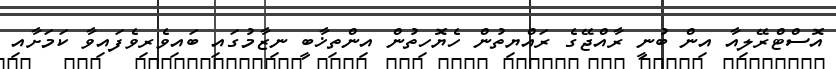
އޮސްޓްރޭލިއާ އިން ބުނީ ރާއްޖޭގެ ރައްޔިތުން ހެޔޮހިތުން އިންތިޚާބީ ނިޒާމުގައި ބައިވެރިވެފައިވާ ކަމަށާއި